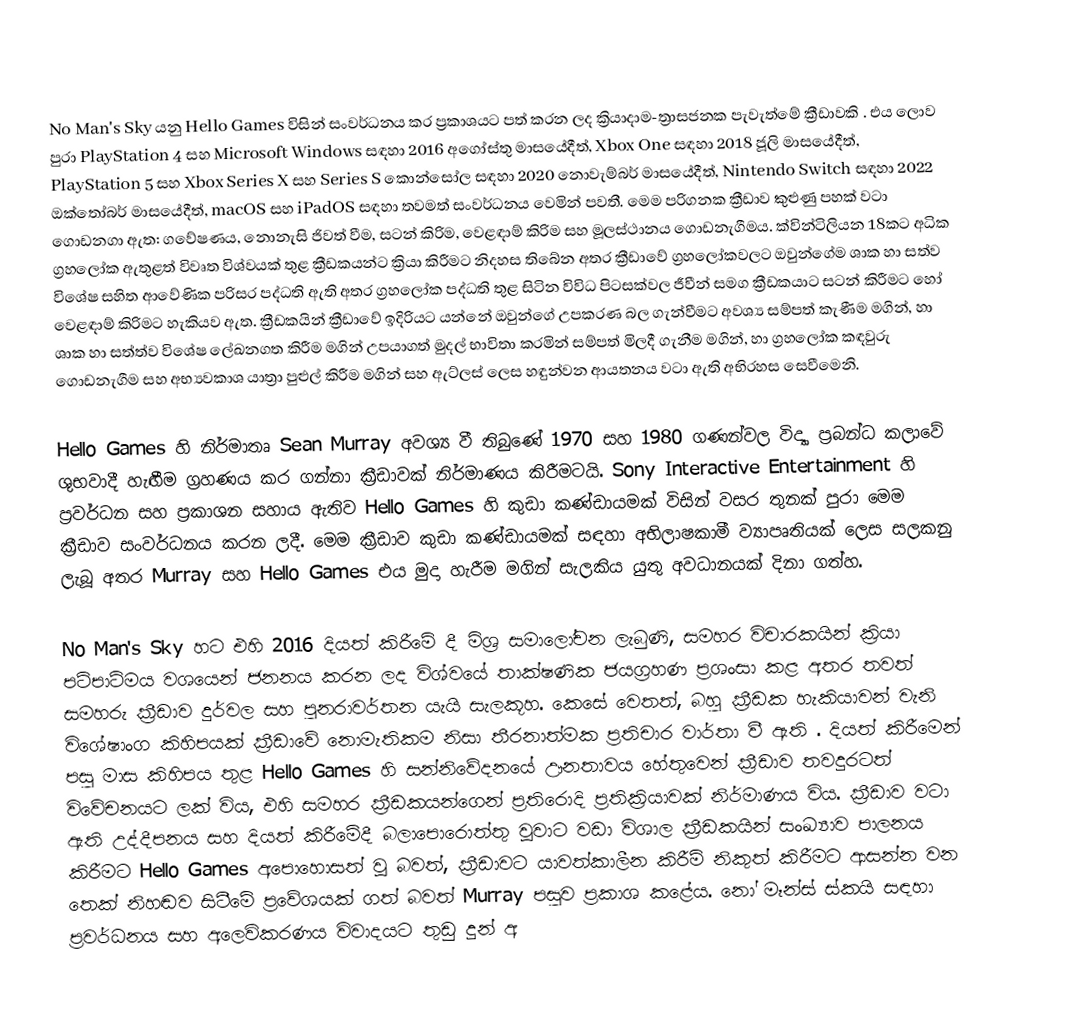
No Man's Sky යනු Hello Games විසින් සංවර්ධනය කර ප්‍රකාශයට පත් කරන ලද ක්‍රියාදාම-ත්‍රාසජනක පැවැත්මේ ක්‍රීඩාවකි . එය ලොව පුරා PlayStation 4 සහ Microsoft Windows සඳහා 2016 අගෝස්තු මාසයේදීත්, Xbox One සඳහා 2018 ජූලි මාසයේදීත්, PlayStation 5 සහ Xbox Series X සහ Series S කොන්සෝල සඳහා 2020 නොවැම්බර් මාසයේදීත්, Nintendo Switch සඳහා 2022 ඔක්තෝබර් මාසයේදීත්, macOS සහ iPadOS සඳහා තවමත් සංවර්ධනය වෙමින් පවතී. මෙම පරිගනක ක්‍රීඩාව කුළුණු පහක් වටා ගොඩනගා ඇත: ගවේෂණය, නොනැසි ජිවත් වීම, සටන් කිරිම, වෙළඳාම් කිරිම සහ මූලස්ථානය ගොඩනැගීමය. ක්වින්ටිලියන 18කට අධික ග්‍රහලෝක ඇතුළත් විවෘත විශ්වයක් තුළ ක්‍රීඩකයන්ට ක්‍රියා කිරීමට නිදහස තිබේන අතර  ක්‍රීඩාවේ ග්‍රහලෝකවලට ඔවුන්ගේම ශාක හා සත්ව විශේෂ සහිත ආවේණික පරිසර පද්ධති ඇති අතර ග්‍රහලෝක පද්ධති තුළ සිටින විවිධ පිටසක්වල ජීවීන් සමග ක්‍රීඩකයාට සටන් කිරීමට හෝ වෙළඳාම් කිරිමට හැකියව ඇත. ක්‍රීඩකයින් ක්‍රීඩාවේ ඉදිරියට යන්නේ ඔවුන්ගේ උපකරණ බල ගැන්වීමට අවශ්‍ය සම්පත් කැණීම මගින්, හා ශාක හා සත්ත්ව විශේෂ ලේඛනගත කිරීම මගින් උපයාගත් මුදල් භාවිතා කරමින් සම්පත් මිලදී ගැනීම මගින්, හා ග්‍රහලෝක කඳවුරු ගොඩනැගීම සහ අභ්‍යවකාශ යාත්‍රා පුළුල් කිරීම මගින් සහ ඇට්ලස් ලෙස හඳුන්වන ආයතනය වටා ඇති අභිරහස සෙවීමෙනි.

Hello Games හි නිර්මාතෘ Sean Murray අවශ්‍ය වී තිබුණේ 1970 සහ 1980 ගණන්වල විද්‍යා ප්‍රබන්ධ කලාවේ ශුභවාදී හැඟීම ග්‍රහණය කර ගන්නා ක්‍රීඩාවක් නිර්මාණය කිරීමටයි. Sony Interactive Entertainment හි ප්‍රවර්ධන සහ ප්‍රකාශන සහාය ඇතිව Hello Games හි කුඩා කණ්ඩායමක් විසින් වසර තුනක් පුරා මෙම ක්‍රීඩාව සංවර්ධනය කරන ලදී. මෙම ක්‍රීඩාව කුඩා කණ්ඩායමක් සඳහා අභිලාෂකාමී ව්‍යාපෘතියක් ලෙස සලකනු ලැබූ අතර Murray සහ Hello Games එය මුදා හැරීම මගින් සැලකිය යුතු අවධානයක් දිනා ගත්හ.

No Man's Sky හට එහි 2016 දියත් කිරීමේ දී මිශ්‍ර සමාලෝචන ලැබුණි, සමහර විචාරකයින් ක්‍රියා පටිපාටිමය වශයෙන් ජනනය කරන ලද විශ්වයේ තාක්ෂණික ජයග්‍රහණ ප්‍රශංසා කළ අතර තවත් සමහරු ක්‍රීඩාව දුර්වල සහ පුනරාවර්තන යැයි සැලකූහ. කෙසේ වෙතත්, බහු ක්‍රීඩක හැකියාවන් වැනි විශේෂාංග කිහිපයක් ක්‍රීඩාවේ නොමැතිකම නිසා තීරනාත්මක ප්‍රතිචාර වාර්තා වී ඇති . දියත් කිරීමෙන් පසු මාස කිහිපය තුළ Hello Games හි සන්නිවේදනයේ ඌනතාවය හේතුවෙන් ක්‍රීඩාව තවදුරටත් විවේචනයට ලක් විය, එහි සමහර ක්‍රීඩකයන්ගෙන් ප්‍රතිරොදි ප්‍රතික්‍රියාවක් නිර්මාණය විය. ක්‍රීඩාව වටා ඇති උද්දීපනය සහ දියත් කිරීමේදී බලාපොරොත්තු වූවාට වඩා විශාල ක්‍රීඩකයින් සංඛ්‍යාව පාලනය කිරීමට Hello Games අපොහොසත් වූ බවත්, ක්‍රීඩාවට යාවත්කාලීන කිරීම් නිකුත් කිරීමට ආසන්න වන තෙක් නිහඬව සිටීමේ ප්‍රවේශයක් ගත් බවත් Murray පසුව ප්‍රකාශ කළේය. නෝ මෑන්ස් ස්කයි සඳහා ප්‍රවර්ධනය සහ අලෙවිකරණය විවාදයට තුඩු දුන් අ